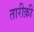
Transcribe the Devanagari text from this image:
तारीक़ी